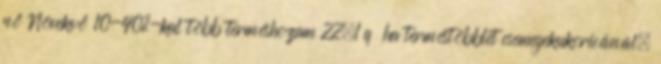
nő Növekvő 10-40%-kal több terméshozam 22,1 q ha terméstöbblet csemegekukoricánál,